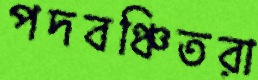
পদবঞ্চিতরা